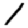
Digit: 1